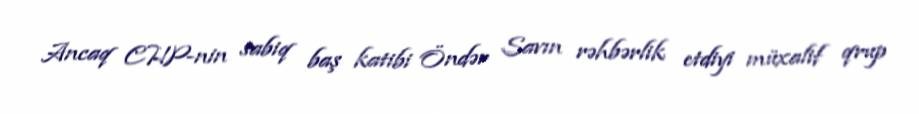
Ancaq CHP-nin sabiq baş katibi Öndər Savın rəhbərlik etdiyi müxalif qrup